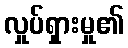
လှုပ်ရှားမှု၏